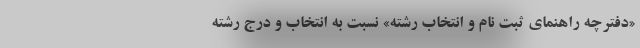
«دفترچه راهنمای ثبت نام و انتخاب رشته» نسبت به انتخاب و درج رشته